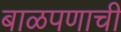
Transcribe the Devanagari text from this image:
बाळपणाची